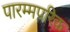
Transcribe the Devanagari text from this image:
पारम्मपरिक